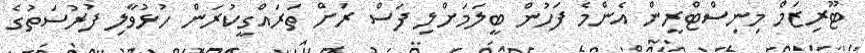
ޓޫރިޒަމް މިނިސްޓްރީން އެންމެ ފަހުން ބީލަމަށްލި ފަސް ރަށް ތަރައްގީކުރަން ހުޅުވާލި ފުރުސަތުގެ